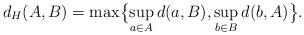
LaTeX: \begin{align*}d_H(A,B) = \max\bigl\{ \sup_{a \in A} d(a,B), \sup_{b \in B} d(b,A)\bigr\}.\end{align*}